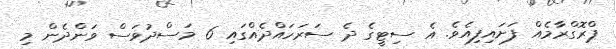
ޕްރޮގްރާމެއް ފަށައިފިއެވެ. އެ ސިޓީގެ ދެ ސަރަހައްދެއްގައި 6 މަސްދުވަސް ވަންދެން މި